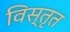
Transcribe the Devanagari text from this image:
विस्‍तृत